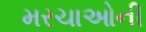
મરચાઓની